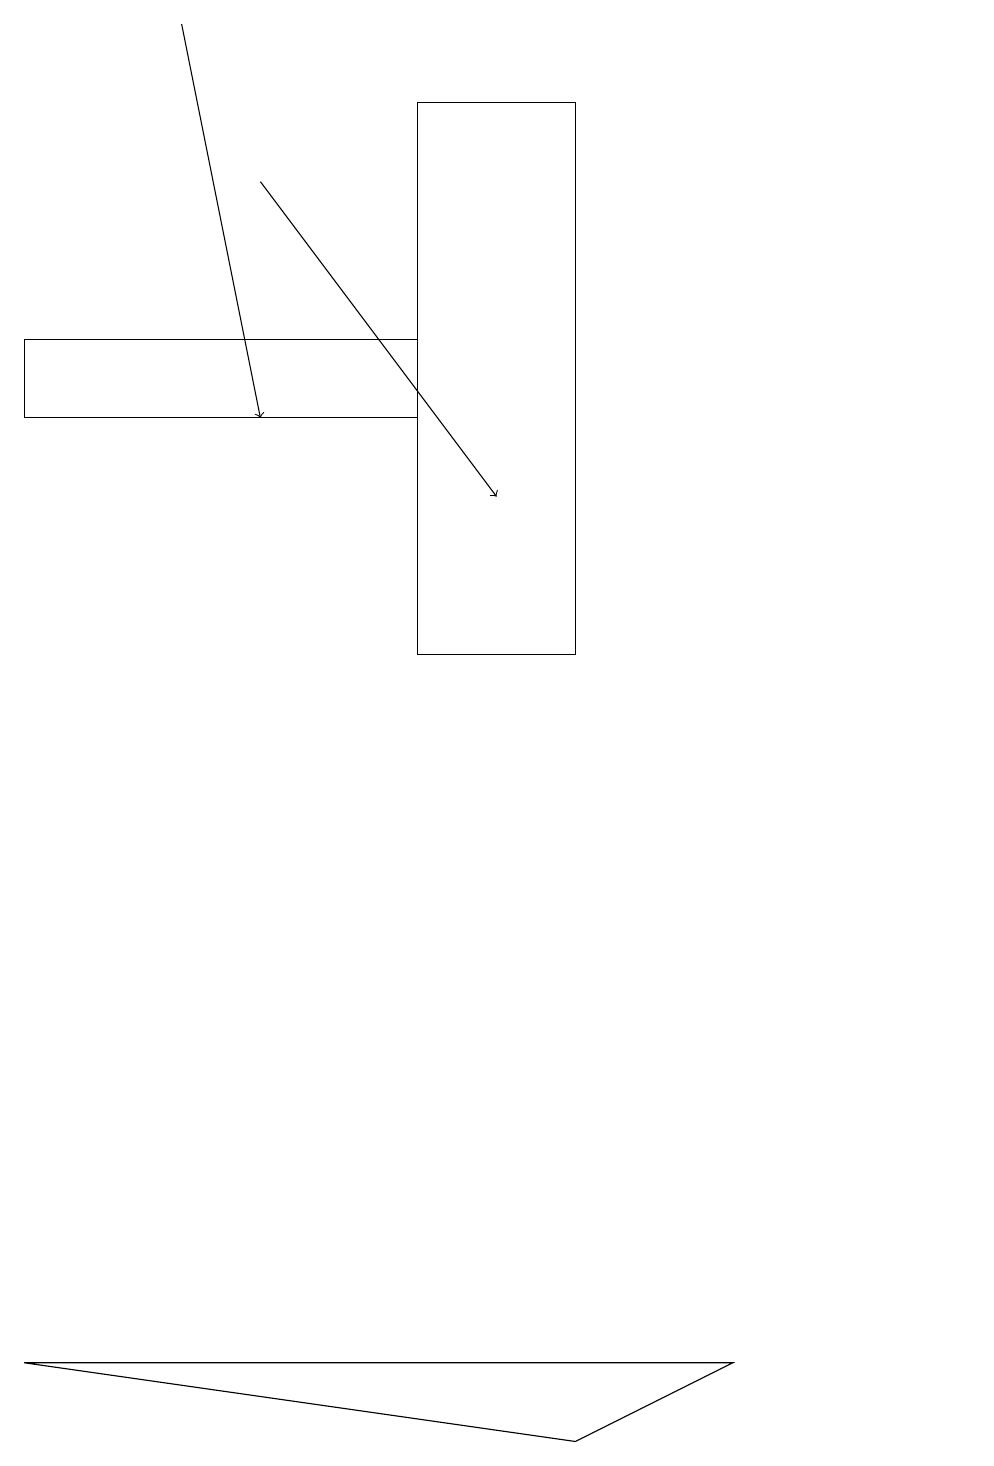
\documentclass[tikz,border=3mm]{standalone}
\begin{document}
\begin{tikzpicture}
\draw[->] (3,16) -- (6,12);
\draw (12,12) circle (0);
\draw (0,1) -- (7,0) -- (9,1) -- cycle;
\draw (5,13) rectangle (0,14);
\draw (7,10) rectangle (5,17);
\draw[->] (2,18) -- (3,13);
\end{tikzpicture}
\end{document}